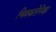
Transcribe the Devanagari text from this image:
चित्रकलेपेक्षा